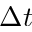
\Delta t